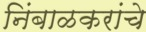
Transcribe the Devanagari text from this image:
निंबाळकरांचे